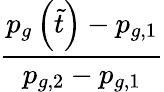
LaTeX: \frac{p_{g}\left(\tilde{t}\right)-p_{g,1}}{p_{g,2}-p_{g,1}}